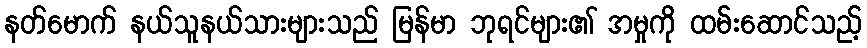
နတ်မောက် နယ်သူနယ်သားများသည် မြန်မာ ဘုရင်များ၏ အမှုကို ထမ်းဆောင်သည့်